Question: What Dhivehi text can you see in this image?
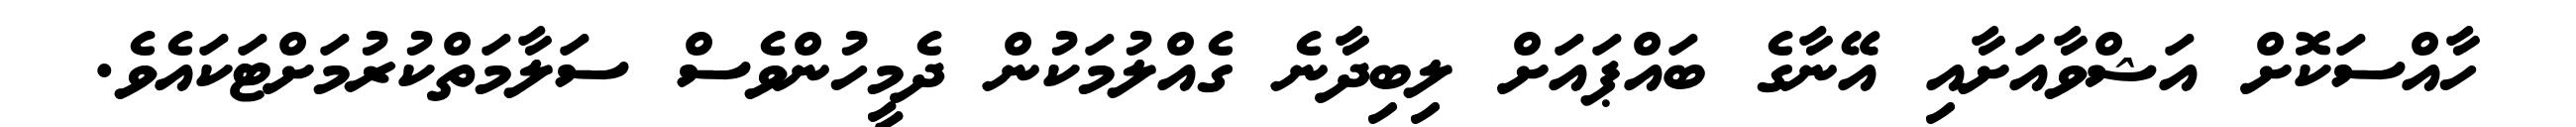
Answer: ހާއްސަކޮށް އަޝްވާއަށާއި އޭނާގެ ބައްޕައަށް ލިބިދާނެ ގެއްލުމަކުން ދެމީހުންވެސް ސަލާމަތްކުރުމަށްޓަކައެވެ.